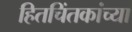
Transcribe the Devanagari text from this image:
हितचिंतकांच्या